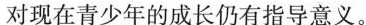
对现在青少年的成长仍有指导意义。